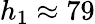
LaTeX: h_{1}\approx 79